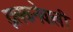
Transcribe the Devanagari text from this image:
झलकनेवाली